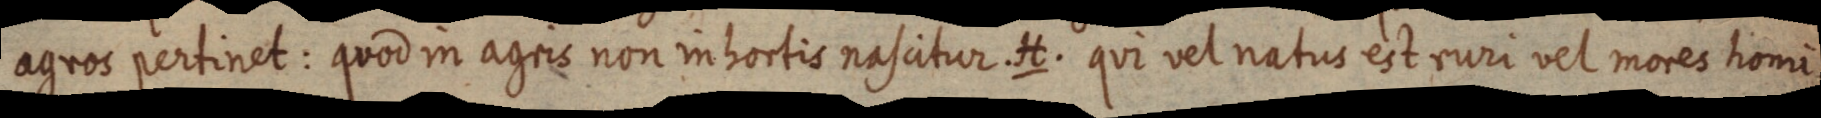
agros pertinet: quod in agris non inhortis nascitur. H. qui vel natus est ruri vel mores homi